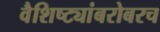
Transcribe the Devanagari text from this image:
वैशिष्ट्यांबरोबरच